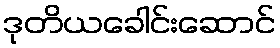
ဒုတိယခေါင်းဆောင်